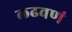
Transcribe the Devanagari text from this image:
लढवणं